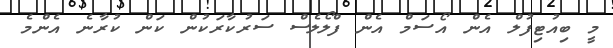
މީ ބިއުޓިފުލް އެން އޯސަމް އެން ފްލޯލެސް ސަރުކާރަކުން ކަން ކުރާނެ އެންމެ